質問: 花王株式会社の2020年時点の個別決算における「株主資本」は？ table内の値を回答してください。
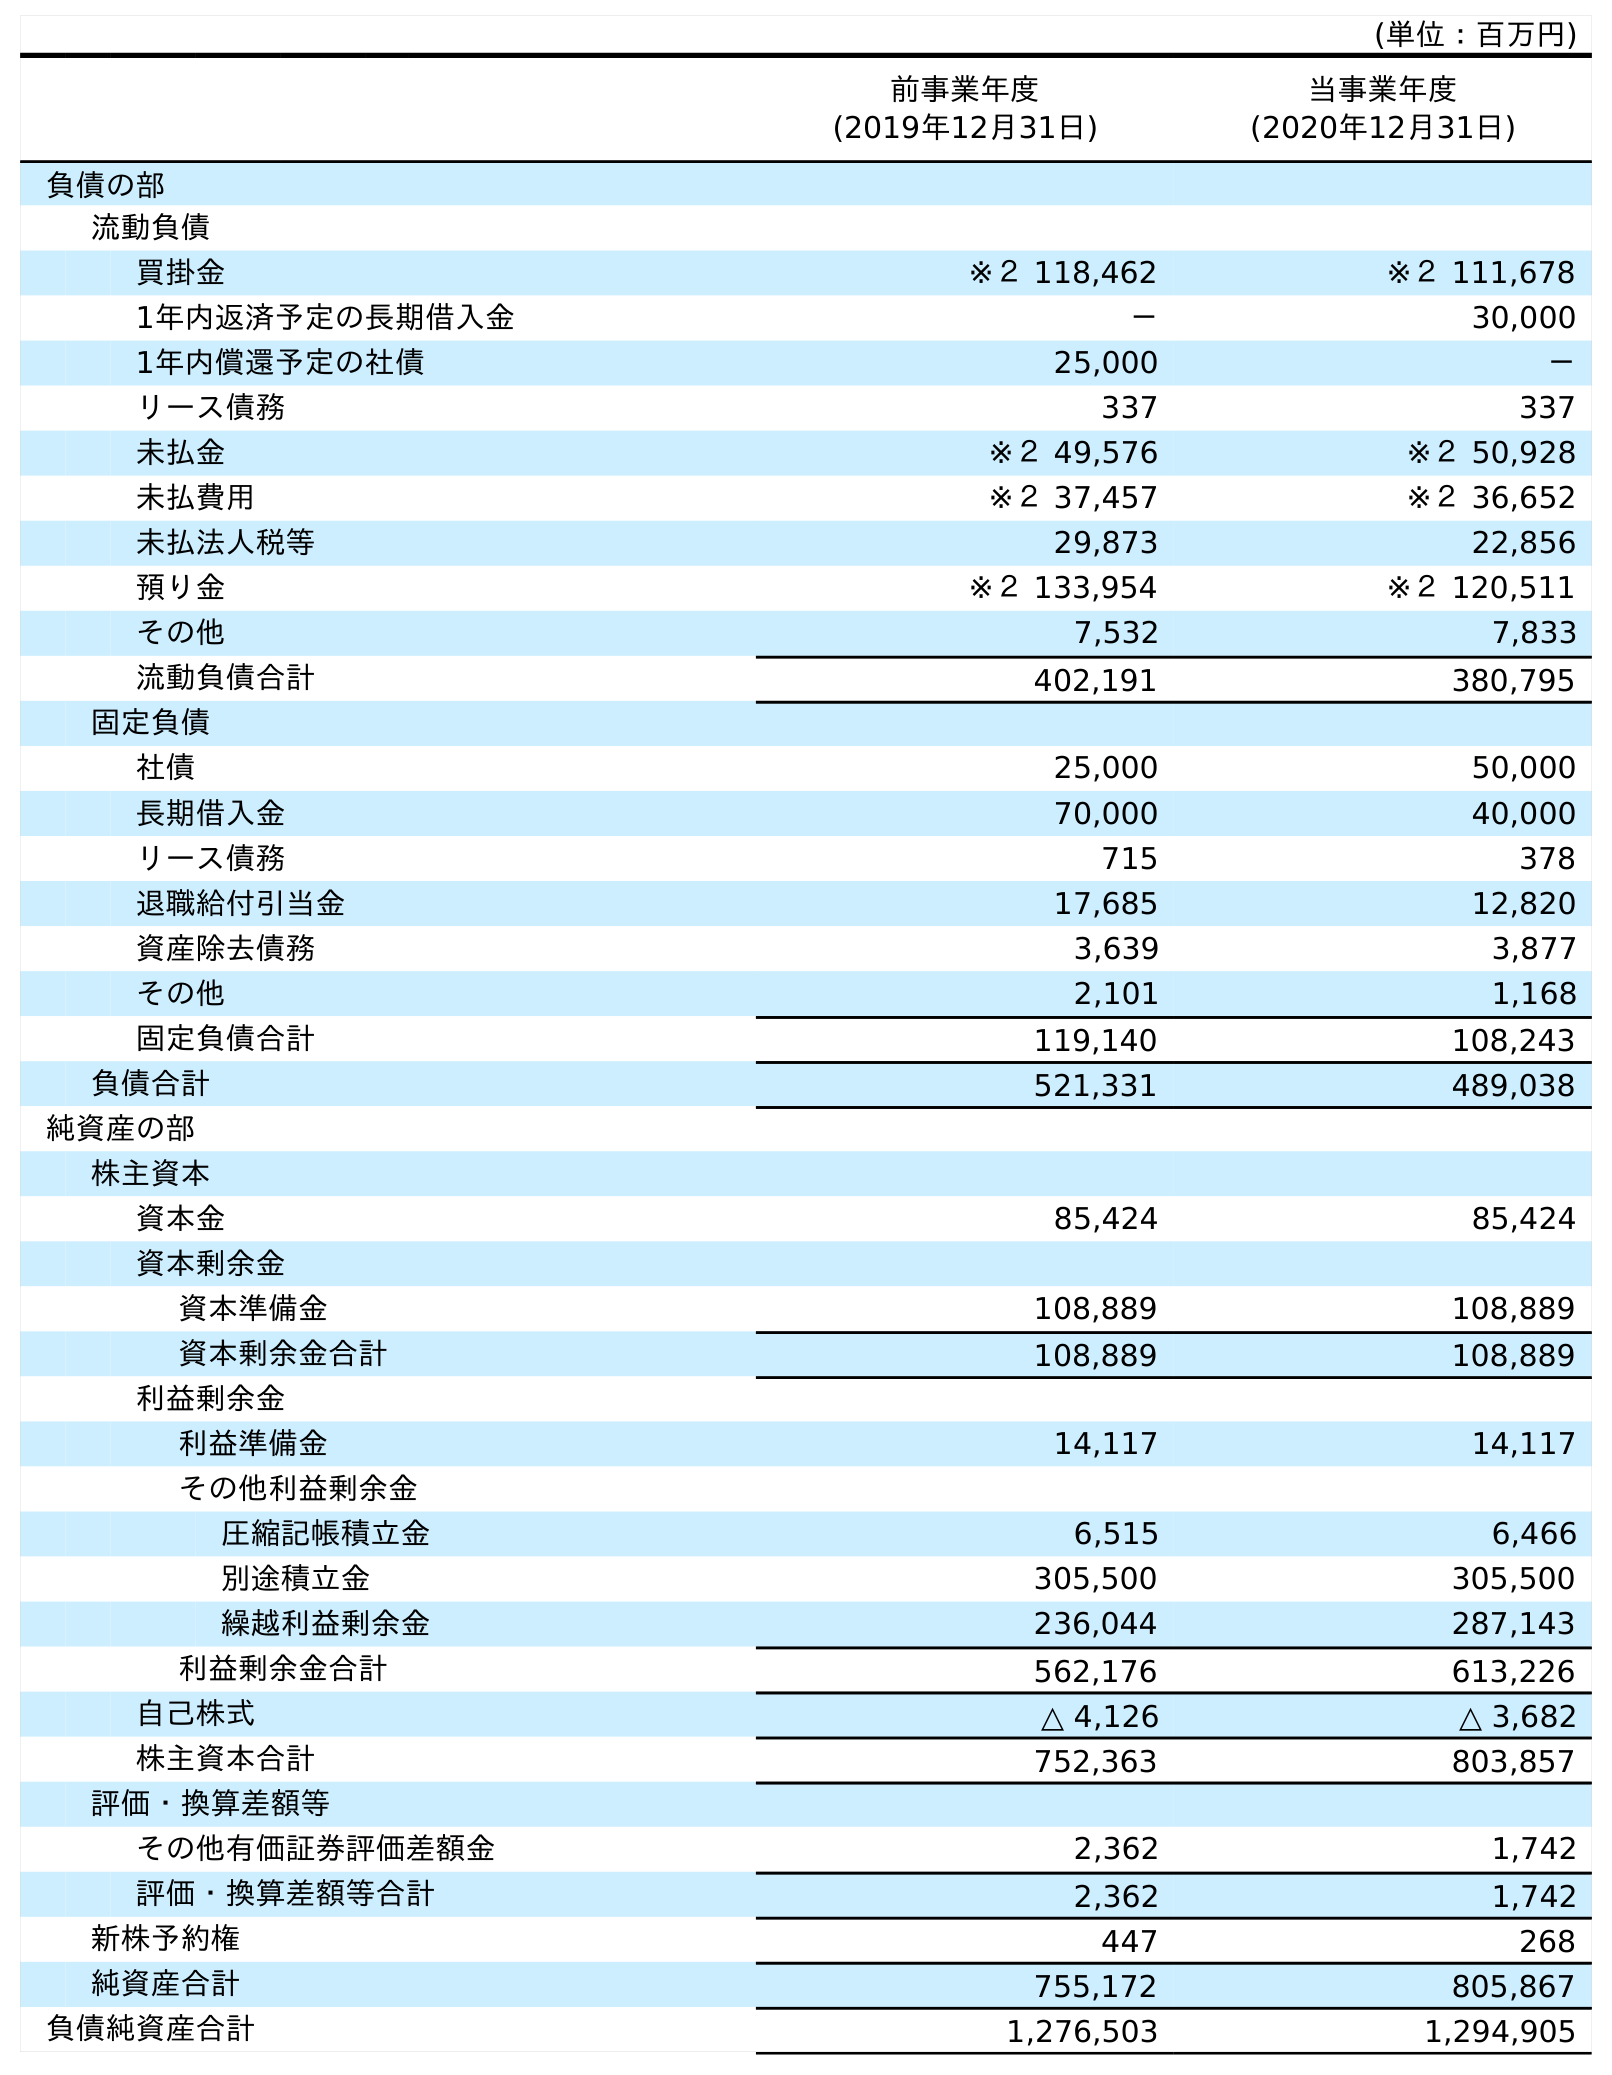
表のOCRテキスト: (単位：百万円) 前事業年度 (2019年12月31日) 当事業年度 (2020年12月31日) 負債の部 流動負債 買掛金 ※２ 118,462 ※２ 111,678 1年内返済予定の長期借入金 － 30,000 1年内償還予定の社債 25,000 － リース債務 337 337 未払金 ※２ 49,576 ※２ 50,928 未払費用 ※２ 37,457 ※２ 36,652 未払法人税等 29,873 22,856 預り金 ※２ 133,954 ※２ 120,511 その他 7,532 7,833 流動負債合計 402,191 380,795 固定負債 社債 25,000 50,000 長期借入金 70,000 40,000 リース債務 715 378 退職給付引当金 17,685 12,820 資産除去債務 3,639 3,877 その他 2,101 1,168 固定負債合計 119,140 108,243 負債合計 521,331 489,038 純資産の部 株主資本 資本金 85,424 85,424 資本剰余金 資本準備金 108,889 108,889 資本剰余金合計 108,889 108,889 利益剰余金 利益準備金 14,117 14,117 その他利益剰余金 圧縮記帳積立金 6,515 6,466 別途積立金 305,500 305,500 繰越利益剰余金 236,044 287,143 利益剰余金合計 562,176 613,226 自己株式 △ 4,126 △ 3,682 株主資本合計 752,363 803,857 評価・換算差額等 その他有価証券評価差額金 2,362 1,742 評価・換算差額等合計 2,362 1,742 新株予約権 447 268 純資産合計 755,172 805,867 負債純資産合計 1,276,503 1,294,905
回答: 803,857